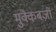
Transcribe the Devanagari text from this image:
मुक्केबज़ी